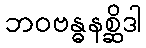
ဘဝဗန္ဓနစ္ဆိဒါ